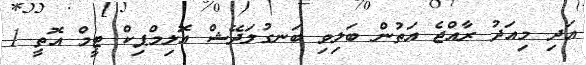
އަދި މިއަދު ރާއްޖެ އަތުން ބަލިވި ބަނގުލަދޭޝް އޮލިމްޕިކް ޓީމް އޮތީ 1